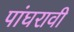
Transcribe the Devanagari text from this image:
पांघरावी